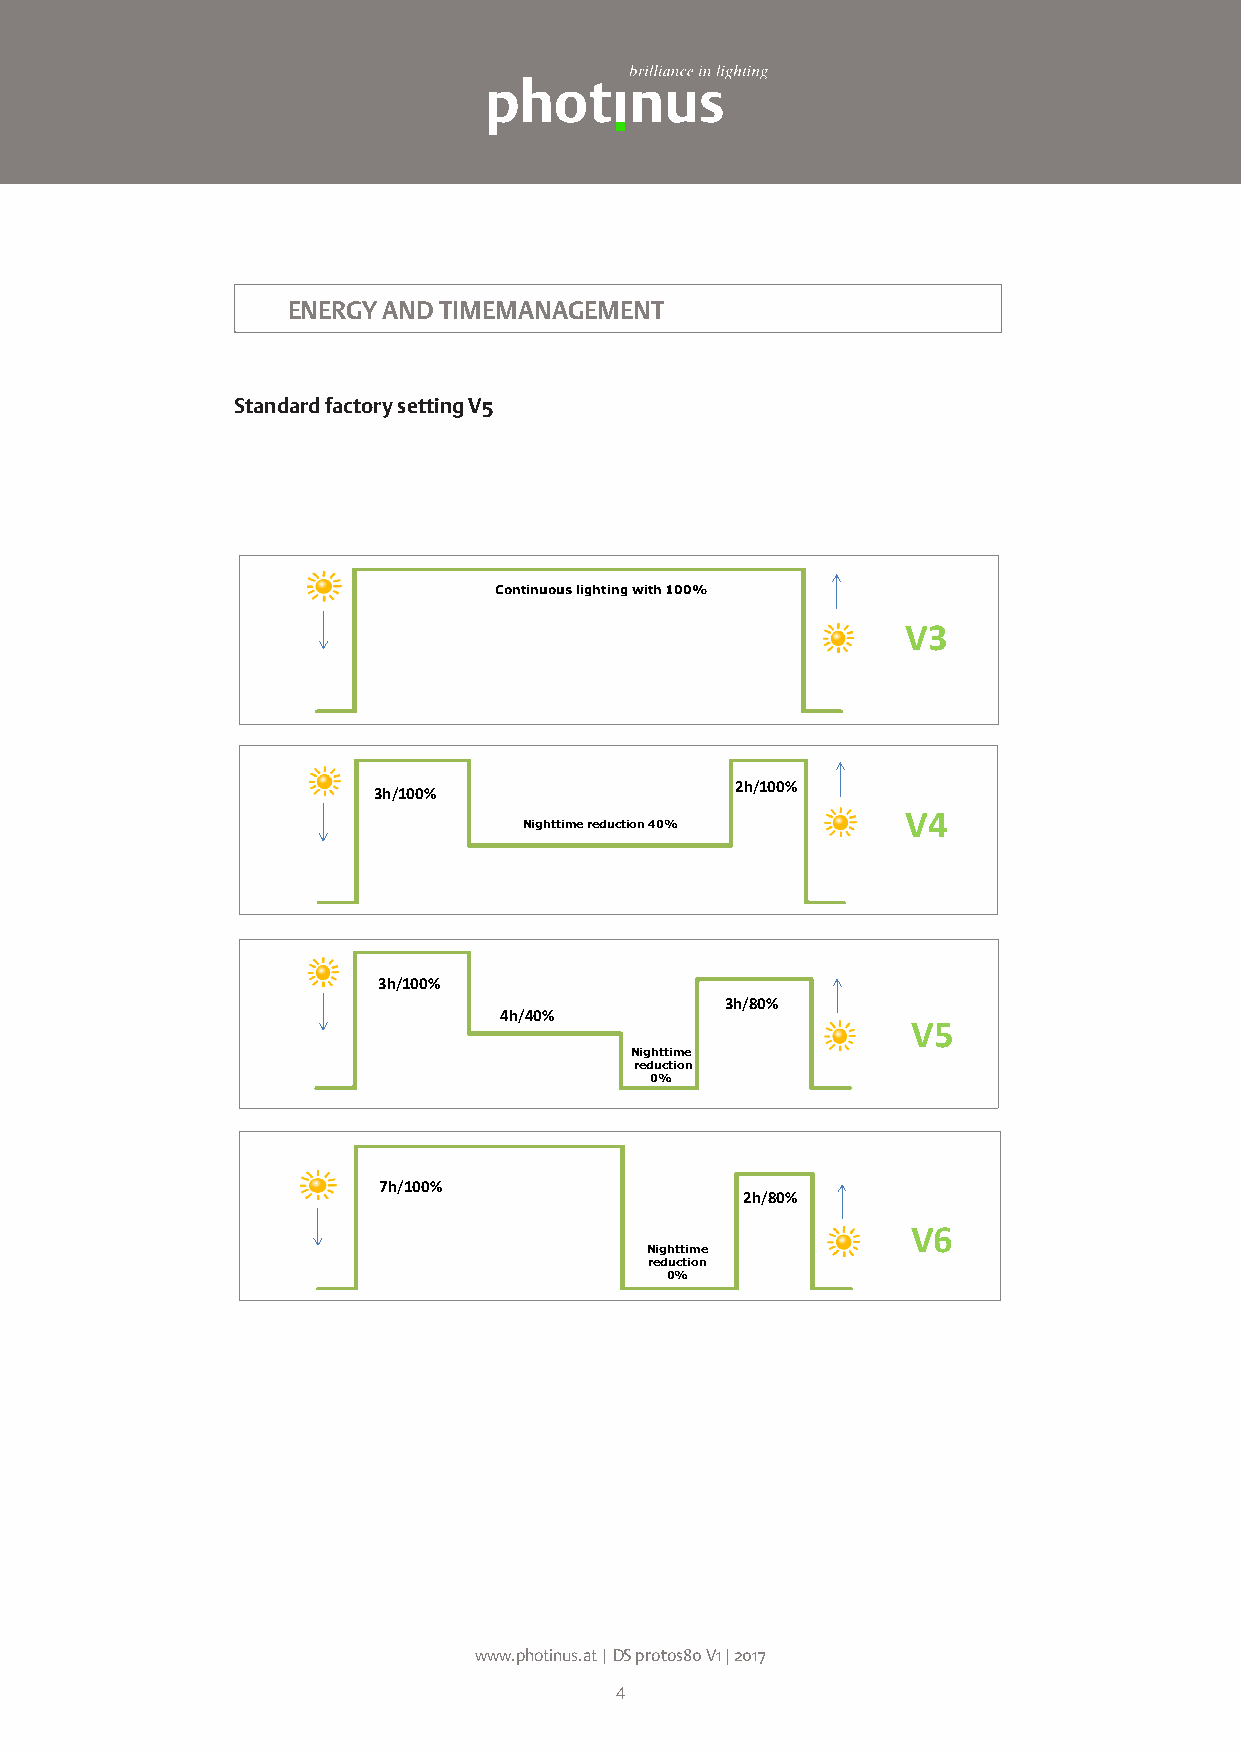
ENERGY AND TIMEMANAGEMENT
 Standard factory setting V5
 TIMEMANAGEMENT
 Continuous lighting with 100%
 V3
 Daten…
 2h/100%
 3h/100%
 V4
 Nighttime reduction 40%
 D…
 3h/100%
 3h/80%
 4h/40%
 V5
 Nighttime
 reduction
 0%
 7h/100%
 2h/80%
 V6Da…
 Nighttime
 reduction
 0%
 Photinus GmbH Co KG, Wallenmahd 23 / C3, 6850 Dornbirn, office@photinus-lighting.at, www.photinus.at
 T +43(0)5572 202171, F +43(0)5572 202171-99, Firmenbuch: FB 278478b – UID: AT U62806823
 www.photinus.at | DS protos80 V1 | 2017
 4